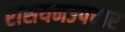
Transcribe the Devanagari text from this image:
रासयनउपचार